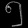
Digit: ၅